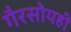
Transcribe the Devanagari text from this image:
गैरसोयही